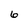
Character: 6